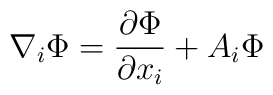
\nabla_i{\Phi}= \frac {\partial \Phi}{\partial x_i}+ A_i \Phi